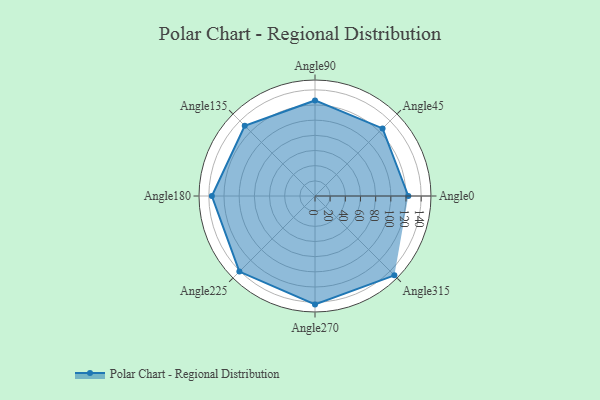
{"axis": {"x": "Angle", "y": "Radius"}, "legend": [""], "data": [{"x": "Angle0", "y": 123.0, "type": ""}, {"x": "Angle45", "y": 126.0, "type": ""}, {"x": "Angle90", "y": 126.0, "type": ""}, {"x": "Angle135", "y": 131.0, "type": ""}, {"x": "Angle180", "y": 136.0, "type": ""}, {"x": "Angle225", "y": 141.0, "type": ""}, {"x": "Angle270", "y": 143.0, "type": ""}, {"x": "Angle315", "y": 148.0, "type": ""}]}